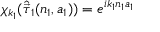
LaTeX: \chi _ { k _ { 1 } } ( { \hat { \vec { \tau } } } _ { 1 } ( n _ { 1 } , a _ { 1 } ) ) = e ^ { i k _ { 1 } n _ { 1 } a _ { 1 } }